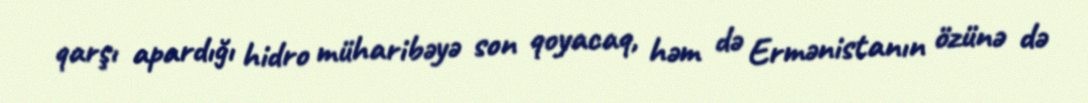
qarşı apardığı hidro müharibəyə son qoyacaq, həm də Ermənistanın özünə də